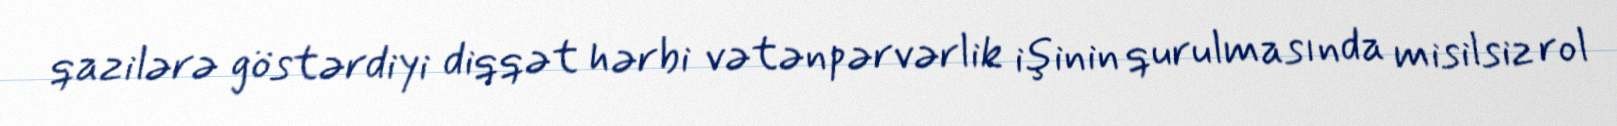
qazilərə göstərdiyi diqqət hərbi vətənpərvərlik işinin qurulmasında misilsiz rol